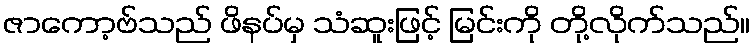
ဇာကော့ဗ်သည် ဖိနပ်မှ သံဆူးဖြင့် မြင်းကို တို့လိုက်သည်။